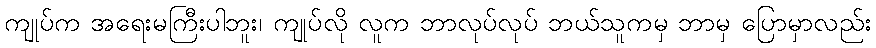
ကျုပ်က အရေးမကြီးပါဘူး၊ ကျုပ်လို လူက ဘာလုပ်လုပ် ဘယ်သူကမှ ဘာမှ ပြောမှာလည်း